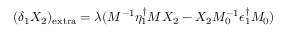
( \delta _ { 1 } X _ { 2 } ) _ { \mathrm { e x t r a } } = \lambda ( M ^ { - 1 } \eta _ { 1 } ^ { \dagger } M X _ { 2 } - X _ { 2 } M _ { 0 } ^ { - 1 } \epsilon _ { 1 } ^ { \dagger } M _ { 0 } )